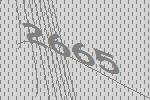
2665